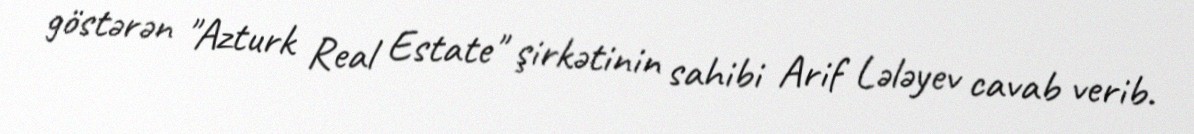
göstərən "Azturk Real Estate" şirkətinin sahibi Arif Lələyev cavab verib.